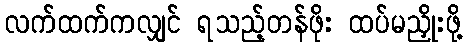
လက်ထက်ကလျှင် ရသည့်တန်ဖိုး ထပ်မညှိုးဖို့